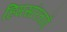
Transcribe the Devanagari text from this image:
हिमसरिताएँ